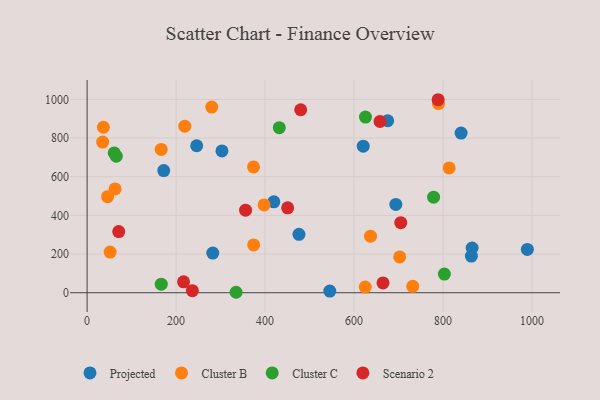
{"axis": {"x": "Ad Spend", "y": "Demand"}, "legend": ["Cluster B", "Cluster C", "Projected", "Scenario 2"], "data": [{"x": "419.7", "y": 470.1, "type": "Projected"}, {"x": "865.4", "y": 231.3, "type": "Projected"}, {"x": "172.3", "y": 631.6, "type": "Projected"}, {"x": "282.5", "y": 205.1, "type": "Projected"}, {"x": "693.9", "y": 456.9, "type": "Projected"}, {"x": "246.3", "y": 760.2, "type": "Projected"}, {"x": "840.6", "y": 825.7, "type": "Projected"}, {"x": "863.7", "y": 189.8, "type": "Projected"}, {"x": "989.6", "y": 223.7, "type": "Projected"}, {"x": "620.6", "y": 758.2, "type": "Projected"}, {"x": "476.2", "y": 301.9, "type": "Projected"}, {"x": "303.1", "y": 733.6, "type": "Projected"}, {"x": "675.6", "y": 889.5, "type": "Projected"}, {"x": "545.5", "y": 8.7, "type": "Projected"}, {"x": "731.9", "y": 33.3, "type": "Cluster B"}, {"x": "374.1", "y": 650.6, "type": "Cluster B"}, {"x": "46.0", "y": 496.9, "type": "Cluster B"}, {"x": "36.6", "y": 855.9, "type": "Cluster B"}, {"x": "219.6", "y": 861.3, "type": "Cluster B"}, {"x": "813.7", "y": 645.7, "type": "Cluster B"}, {"x": "702.6", "y": 185.0, "type": "Cluster B"}, {"x": "51.7", "y": 210.0, "type": "Cluster B"}, {"x": "280.1", "y": 960.5, "type": "Cluster B"}, {"x": "397.8", "y": 454.0, "type": "Cluster B"}, {"x": "34.9", "y": 779.1, "type": "Cluster B"}, {"x": "374.3", "y": 247.1, "type": "Cluster B"}, {"x": "789.8", "y": 978.6, "type": "Cluster B"}, {"x": "625.2", "y": 29.0, "type": "Cluster B"}, {"x": "166.6", "y": 741.1, "type": "Cluster B"}, {"x": "637.0", "y": 292.5, "type": "Cluster B"}, {"x": "62.9", "y": 537.1, "type": "Cluster B"}, {"x": "334.9", "y": 2.3, "type": "Cluster C"}, {"x": "625.7", "y": 908.6, "type": "Cluster C"}, {"x": "65.6", "y": 706.4, "type": "Cluster C"}, {"x": "432.0", "y": 853.7, "type": "Cluster C"}, {"x": "166.7", "y": 44.3, "type": "Cluster C"}, {"x": "778.8", "y": 494.0, "type": "Cluster C"}, {"x": "803.0", "y": 96.2, "type": "Cluster C"}, {"x": "60.9", "y": 723.0, "type": "Cluster C"}, {"x": "71.1", "y": 316.5, "type": "Scenario 2"}, {"x": "216.8", "y": 56.1, "type": "Scenario 2"}, {"x": "356.2", "y": 427.1, "type": "Scenario 2"}, {"x": "665.1", "y": 50.5, "type": "Scenario 2"}, {"x": "705.0", "y": 362.4, "type": "Scenario 2"}, {"x": "658.4", "y": 886.0, "type": "Scenario 2"}, {"x": "450.8", "y": 439.3, "type": "Scenario 2"}, {"x": "236.6", "y": 10.7, "type": "Scenario 2"}, {"x": "480.1", "y": 946.4, "type": "Scenario 2"}, {"x": "789.0", "y": 998.3, "type": "Scenario 2"}]}